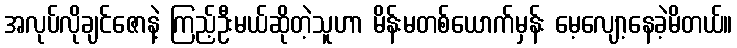
အလုပ်လိုချင်ဇောနဲ့ ကြည့်ဦးမယ်ဆိုတဲ့သူဟာ မိန်းမတစ်ယောက်မှန်း မေ့လျော့နေခဲ့မိတယ်။